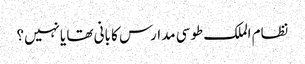
نظام الملک طوسی مدارس کا بانی تھا یانہیں؟